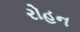
રોહન